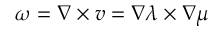
\boldsymbol { \omega } = \boldsymbol { \nabla } \times \boldsymbol { v } = \boldsymbol { \nabla } \lambda \times \boldsymbol { \nabla } \mu